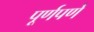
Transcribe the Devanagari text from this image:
पूर्णपणें